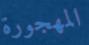
المهجورة